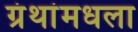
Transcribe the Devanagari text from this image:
ग्रंथांमधला